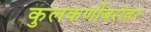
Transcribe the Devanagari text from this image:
कुलकर्णीबरोबर